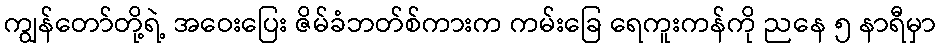
ကျွန်တော်တို့ရဲ့ အဝေးပြေး ဇိမ်ခံဘတ်စ်ကားက ကမ်းခြေ ရေကူးကန်ကို ညနေ ၅ နာရီမှာ